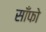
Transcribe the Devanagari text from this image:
साँफो